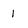
Character: 1